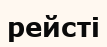
рейсті